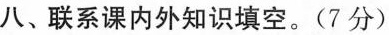
八、联系课内外知识填空。(7分)